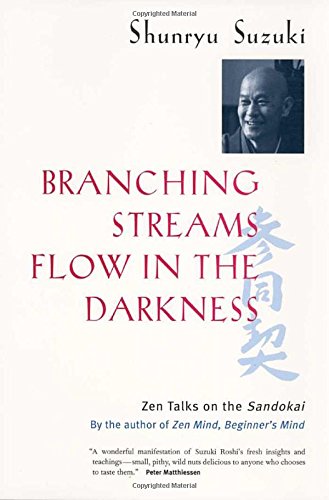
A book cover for Branching Streams Flow in the Darkness: Zen Talks on the Sandokai; Shunryu Suzuki; Religion & Spirituality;